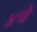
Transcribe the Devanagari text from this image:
४चे